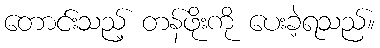
တောင်းသည့် တန်ဖိုးကို ပေးခဲ့ရသည်။